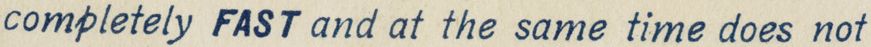
completely FAST and at the same time dose not